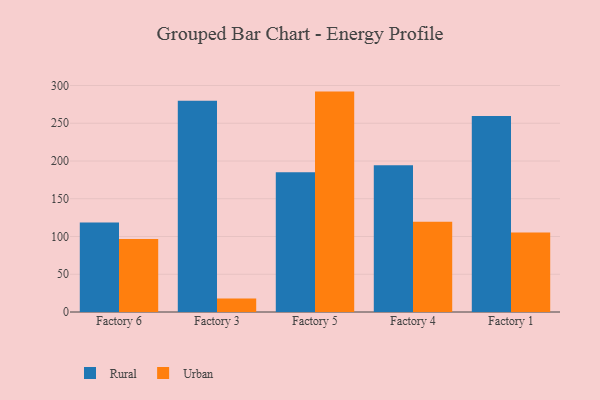
{"axis": {"x": "Factory", "y": "Production Output"}, "legend": ["Rural", "Urban"], "data": [{"x": "Factory 6", "y": 118.4, "type": "Rural"}, {"x": "Factory 6", "y": 96.8, "type": "Urban"}, {"x": "Factory 3", "y": 279.8, "type": "Rural"}, {"x": "Factory 3", "y": 17.9, "type": "Urban"}, {"x": "Factory 5", "y": 185.0, "type": "Rural"}, {"x": "Factory 5", "y": 291.9, "type": "Urban"}, {"x": "Factory 4", "y": 194.3, "type": "Rural"}, {"x": "Factory 4", "y": 119.5, "type": "Urban"}, {"x": "Factory 1", "y": 259.5, "type": "Rural"}, {"x": "Factory 1", "y": 105.3, "type": "Urban"}]}